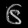
Digit: ၆